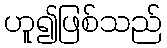
ဟူ၍ဖြစ်သည်